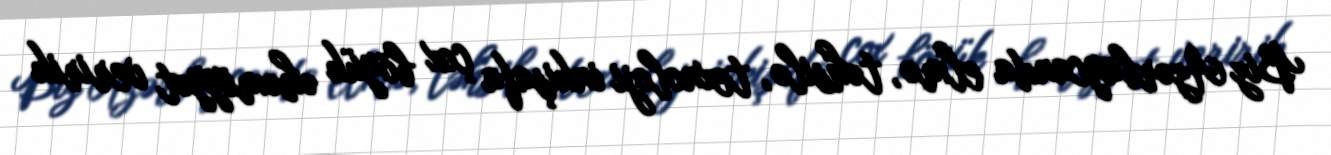
Biz Azərbaycanda elmə, təhsilə, texnoloji inkişafa çox böyük əhəmiyyət veririk